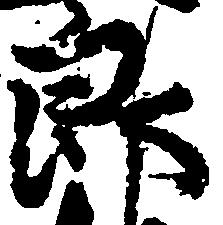
郎